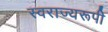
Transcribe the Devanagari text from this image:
स्वराज्यरूपी